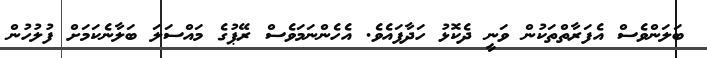
ބަލަންވެސް އެފަރާތްތަކުން ވަނީ ދެކޮޅު ހަދާފައެވެ. އެހެންނަމަވެސް ރޭޕުގެ މައްސަލަ ބަލާނެކަމަށް ފުލުހުން